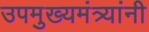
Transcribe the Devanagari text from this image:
उपमुख्यमंत्र्यांनी